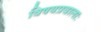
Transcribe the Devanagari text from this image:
विषयप्रवालाः